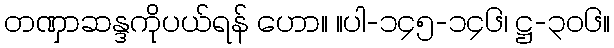
တဏှာဆန္ဒကိုပယ်ရန် ဟော။ ။ပါ-၁၄၅-၁၄၆၊ ဋ္ဌ-၃၀၆။